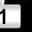
Digit: 1